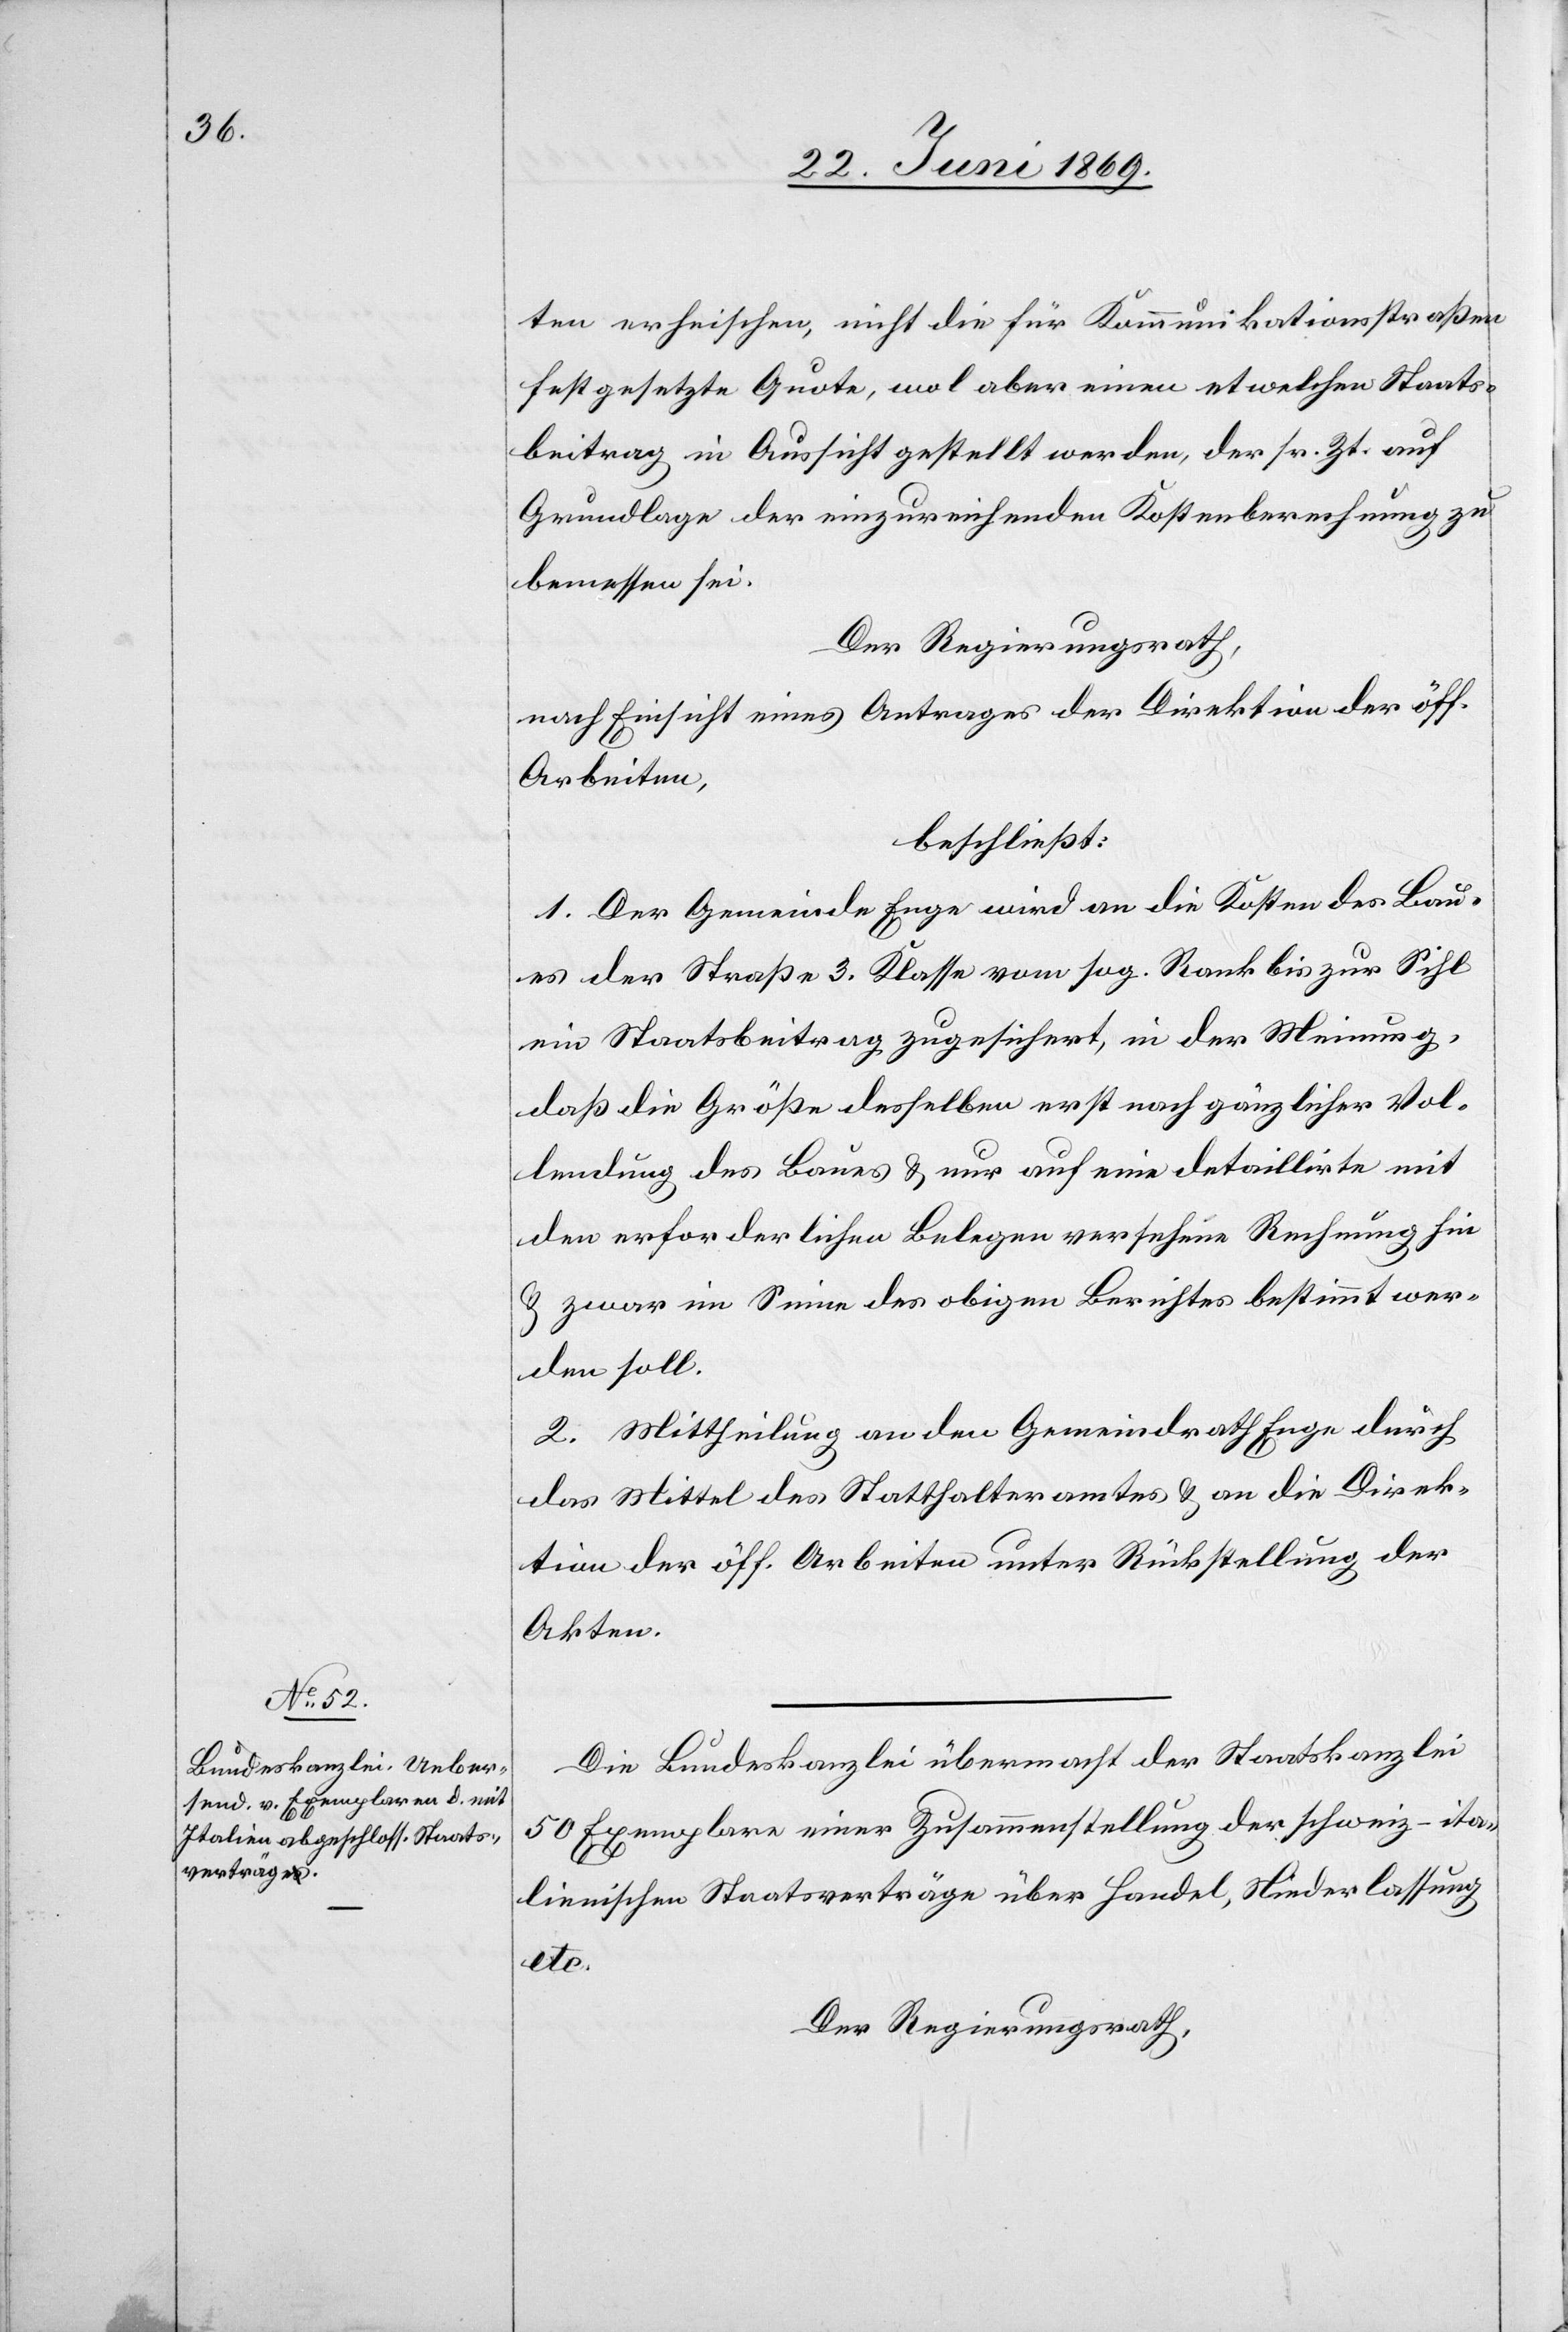
Die Bundeskanzlei übermacht der Staatskanzlei
50 Exemplare einer Zusammenstellung der schweiz-ita¬
lienischen Staatsverträge über Handel, Niederlassung
etc.
Der Regierungsrath,